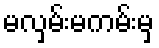
မလှမ်းမကမ်းမှ